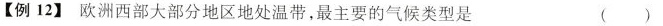
【例12]欧洲西部大部分地区地处温带，最主要的气候类型是 ()